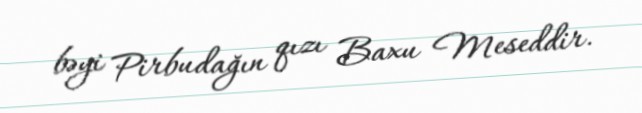
bəyi Pirbudağın qızı Baxu Meseddir.